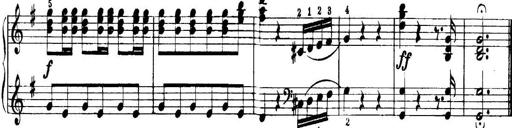
Title: Quatres sonatines
Composer: Tadeusz Joteyko